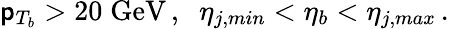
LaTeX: \mathsf{p}_{T_{b}}>20\; \mathrm{{GeV}}\, ,\; \; \eta_{j,min}<\eta_{b}<\eta_{j,max}\, .